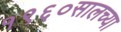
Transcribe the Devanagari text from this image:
१९६०सालच्या